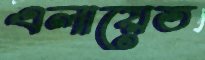
এলায়েত